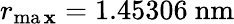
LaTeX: r_{\operatorname*{ma\mathbf{x}}}=1.45306~\mathrm{{nm}}